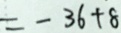
= - 3 6 + 8